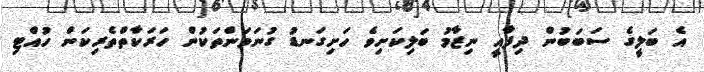
އެ ބަލީގެ ސަބަބުން ދިފާއީ ނިޒާމު ބަލިކަށިވެ ހަށިގަނޑު ގުނަވަންތަކުން ހަރަކާތްތެރިކަން ހުއްޓި